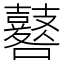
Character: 鼛